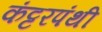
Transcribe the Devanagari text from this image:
कंट्टरपंथी